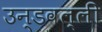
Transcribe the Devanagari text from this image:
उन्डवल्ली